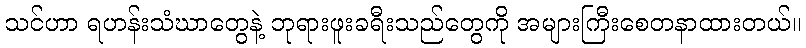
သင်ဟာ ရဟန်းသံဃာတွေနဲ့ ဘုရားဖူးခရီးသည်တွေကို အများကြီးစေတနာထားတယ်။